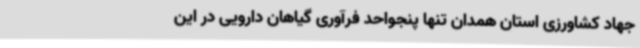
جهاد کشاورزی استان همدان تنها پنجواحد فرآوری گیاهان دارویی در این